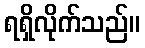
ရရှိလိုက်သည်။